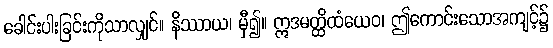
ခေါင်းပါးခြင်းကိုသာလျှင်။ နိဿာယ၊ မှီ၍။ ဣဒမတ္ထိထံယေဝ၊ ဤကောင်းသောအကျင့်၌